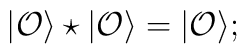
|{\cal O}\rangle\star|{\cal O}\rangle=|{\cal O}\rangle;